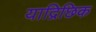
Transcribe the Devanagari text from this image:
याद्रिछिक